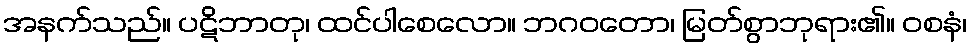
အနက်သည်။ ပဋိဘာတု၊ ထင်ပါစေလော။ ဘဂဝတော၊ မြတ်စွာဘုရား၏။ ဝစနံ၊